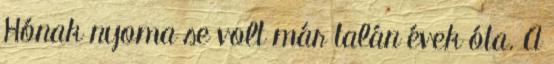
Hónak nyoma se volt már talán évek óta. A